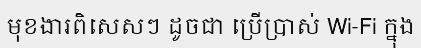
មុខងារពិសេសៗ ដូចជា ប្រើប្រាស់ Wi-Fi ក្នុង